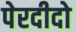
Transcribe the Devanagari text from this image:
पेरदीदो